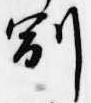
副